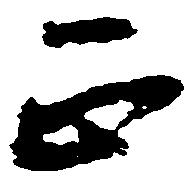
正